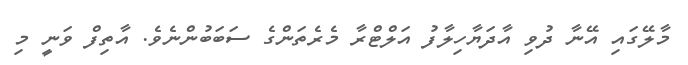
މާލޭގައި އޭނާ ދުވި އާދަޔާހިލާފު އަލްޓްރާ މެރެތަންގެ ސަބަބުންނެވެ. އާތިފް ވަނީ މި